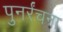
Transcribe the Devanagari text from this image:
पुनर्रंचना